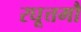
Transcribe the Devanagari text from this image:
रघूत्तमौ